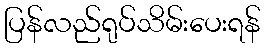
ပြန်လည်ရုပ်သိမ်းပေးရန်